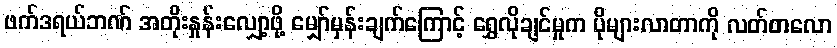
ဖက်ဒရယ်ဘဏ် အတိုးနှုန်းလျှော့ဖို့ မျှော်မှန်းချက်ကြောင့် ရွှေလိုချင်မှုက ပိုများလာတာကို လတ်တလော